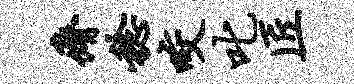
瘠稔咬叱匠